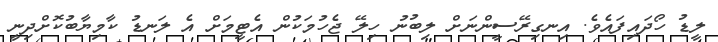
ލީޑު ހޯދައިފައެވެ. އިނގިރޭސީންނަށް ލިބުނު ހިލޭ ޖެހުމަކުން އެޓީމަށް އެ ލަނޑު ކާމިޔާބުކޮށްދިނީ